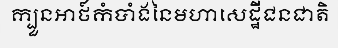
ក្បួនអាថ៍កំបាំងនៃមហាសេដ្ឋីជនជាតិ